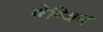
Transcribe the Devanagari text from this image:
मेग्जिन